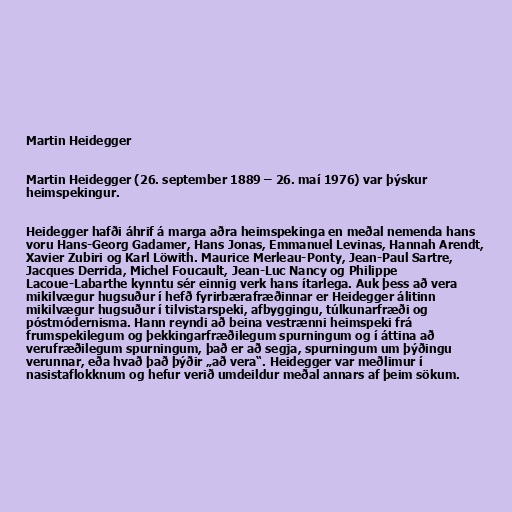
Martin Heidegger

Martin Heidegger (26. september 1889 – 26. maí 1976) var þýskur
heimspekingur.

Heidegger hafði áhrif á marga aðra heimspekinga en meðal nemenda hans
voru Hans-Georg Gadamer, Hans Jonas, Emmanuel Levinas, Hannah Arendt,
Xavier Zubiri og Karl Löwith. Maurice Merleau-Ponty, Jean-Paul Sartre,
Jacques Derrida, Michel Foucault, Jean-Luc Nancy og Philippe
Lacoue-Labarthe kynntu sér einnig verk hans ítarlega. Auk þess að vera
mikilvægur hugsuður í hefð fyrirbærafræðinnar er Heidegger álitinn
mikilvægur hugsuður í tilvistarspeki, afbyggingu, túlkunarfræði og
póstmódernisma. Hann reyndi að beina vestrænni heimspeki frá
frumspekilegum og þekkingarfræðilegum spurningum og í áttina að
verufræðilegum spurningum, það er að segja, spurningum um þýðingu
verunnar, eða hvað það þýðir „að vera“. Heidegger var meðlimur í
nasistaflokknum og hefur verið umdeildur meðal annars af þeim sökum.